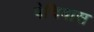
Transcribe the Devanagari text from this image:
पेचिवास